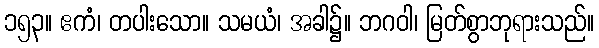
၁၅၃။ ဧကံ၊ တပါးသော။ သမယံ၊ အခါ၌။ ဘဂဝါ၊ မြတ်စွာဘုရားသည်။